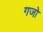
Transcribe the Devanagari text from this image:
गजो